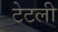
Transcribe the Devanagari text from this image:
टेटली